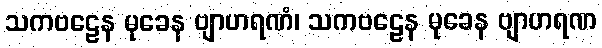
သကဗဠေန မုခေန ဗျာဟရဏံ၊ သကဗဠေန မုခေန ဗျာဟရဏ